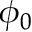
\phi _ { 0 }